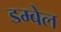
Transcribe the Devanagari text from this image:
डम्बेल